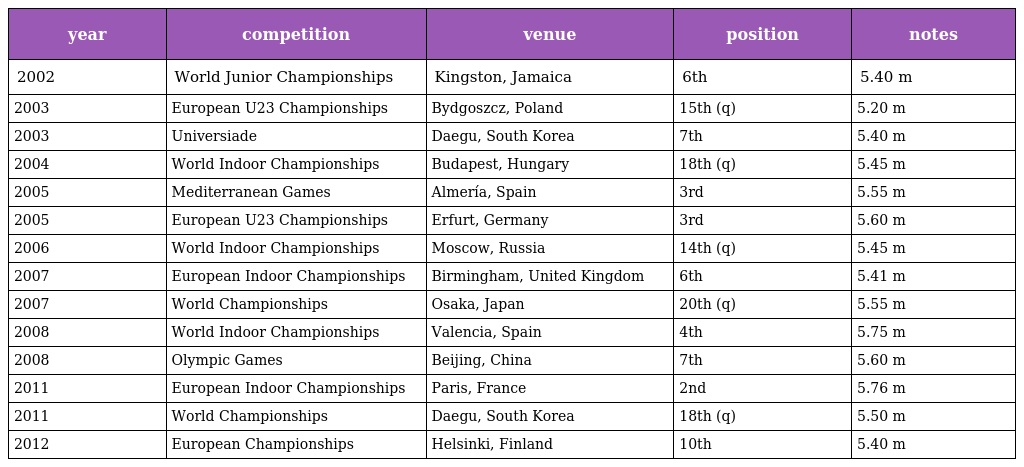
| year | competition | venue | position | notes |
 | --- | --- | --- | --- | --- |
 | 2002 | World Junior Championships | Kingston, Jamaica | 6th | 5.40 m |
 | 2003 | European U23 Championships | Bydgoszcz, Poland | 15th (q) | 5.20 m |
 | 2003 | Universiade | Daegu, South Korea | 7th | 5.40 m |
 | 2004 | World Indoor Championships | Budapest, Hungary | 18th (q) | 5.45 m |
 | 2005 | Mediterranean Games | Almería, Spain | 3rd | 5.55 m |
 | 2005 | European U23 Championships | Erfurt, Germany | 3rd | 5.60 m |
 | 2006 | World Indoor Championships | Moscow, Russia | 14th (q) | 5.45 m |
 | 2007 | European Indoor Championships | Birmingham, United Kingdom | 6th | 5.41 m |
 | 2007 | World Championships | Osaka, Japan | 20th (q) | 5.55 m |
 | 2008 | World Indoor Championships | Valencia, Spain | 4th | 5.75 m |
 | 2008 | Olympic Games | Beijing, China | 7th | 5.60 m |
 | 2011 | European Indoor Championships | Paris, France | 2nd | 5.76 m |
 | 2011 | World Championships | Daegu, South Korea | 18th (q) | 5.50 m |
 | 2012 | European Championships | Helsinki, Finland | 10th | 5.40 m |